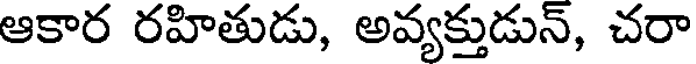
ఆకార రహితుడు, అవ్యక్తుడున్, చరా